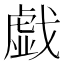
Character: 戯